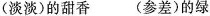
(淡淡)的甜香 (参差)的绿